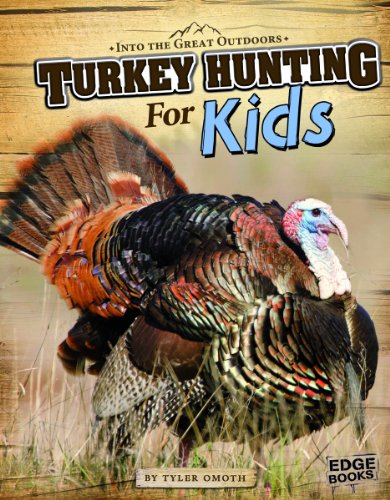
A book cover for Turkey Hunting for Kids (Into the Great Outdoors); Tyler Omoth; Children's Books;